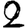
Digit: 2